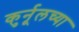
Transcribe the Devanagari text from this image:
कुर्नूलच्या